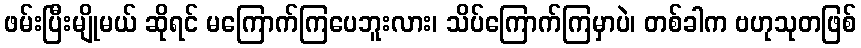
ဖမ်းပြီးမျိုမယ် ဆိုရင် မကြောက်ကြပေဘူးလား၊ သိပ်ကြောက်ကြမှာပဲ၊ တစ်ခါက ဗဟုသုတဖြစ်